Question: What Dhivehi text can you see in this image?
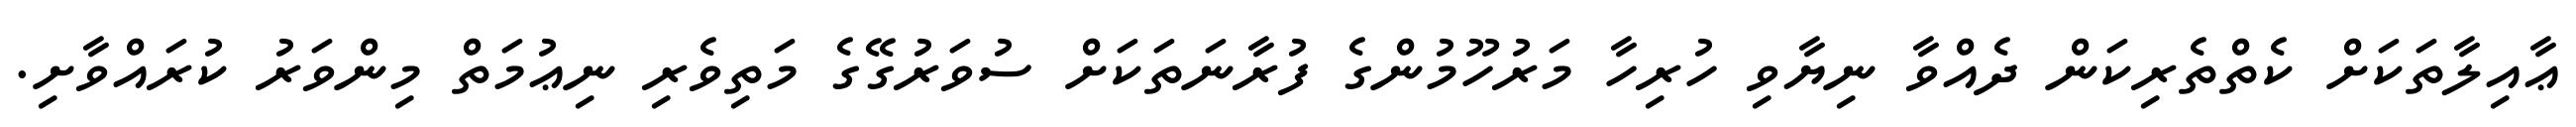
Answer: ޢާއިލާތަކަށް ކެތްތެރިކަން ދެއްވާ ނިޔާވި ހުރިހާ މަރުހޫމުންގެ ފުރާނަތަކަށް ސުވަރުގޭގެ މަތިވެރި ނިޢުމަތް މިންވަރު ކުރައްވާށި.